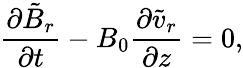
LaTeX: \frac{\partial\tilde{B}_{r}}{\partial t}-B_{0}\frac{\partial\tilde{v}_{r}}{\partial z}=0,